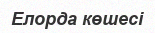
Елорда көшесі